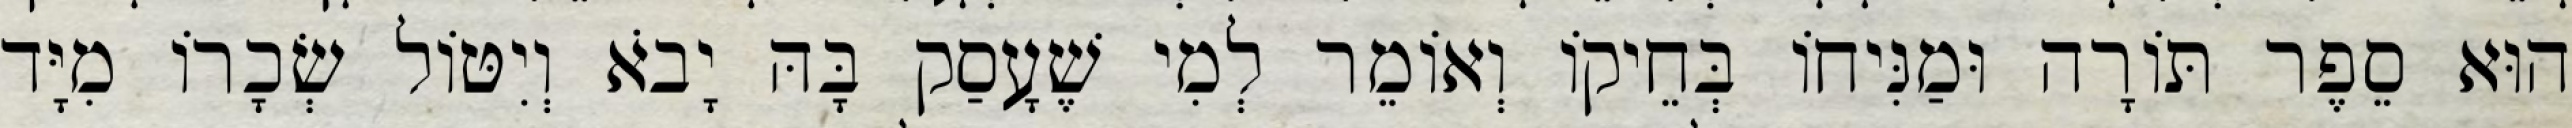
הוּא סֵפֶר תּוֹרָה וּמַנִּיחוֹ בְּחֵיקוֹ וְאוֹמֵר לְמִי שֶׁעָסַק בָּהּ יָבֹא וְיִטּוֹל שְׂכָרוֹ מִיָּד